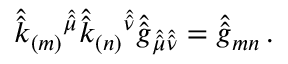
\hat { \hat { k } } _ { ( m ) } { } ^ { \hat { \hat { \mu } } } \hat { \hat { k } } _ { ( n ) } { } ^ { \hat { \hat { \nu } } } \hat { \hat { g } } _ { \hat { \hat { \mu } } \hat { \hat { \nu } } } = \hat { \hat { g } } _ { m n } \, .